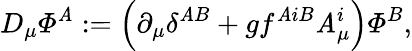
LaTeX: D_{\mu}{\mit\Phi}^{\mathit{A}}:=\left(\partial_{\mu}\delta^{\mathit{A}B}+gf^{\mathit{A}iB}\mathit{A}_{\mu}^{i}\right){\mit\Phi}^{B},